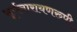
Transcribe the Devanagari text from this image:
सूर्यनारायणरुपी